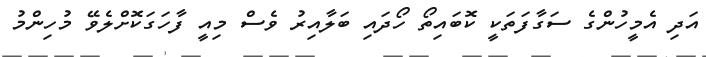
އަދި އެމީހުންގެ ސަގާފަތަކީ ކޮބައިތޯ ހޯދައި ބަލާއިރު ވެސް މިއީ ފާހަގަކޮށްލެވޭ މުހިންމު